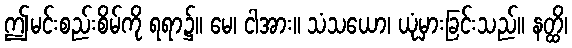
ဤမင်းစည်းစိမ်ကို ရရာ၌။ မေ၊ ငါအား။ သံသယော၊ ယုံမှားခြင်းသည်။ နတ္ထိ၊